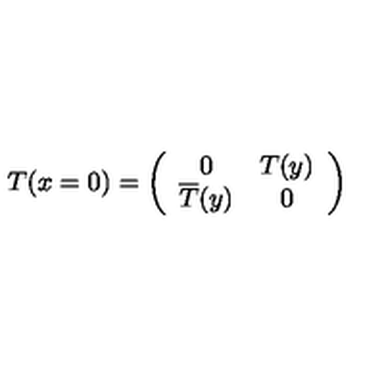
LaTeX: T ( x = 0 ) = \left( \begin{array} { c c } { 0 } & { T ( y ) } \\ { \overline { { T } } ( y ) } & { 0 } \\ \end{array} \right)